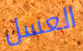
العسل